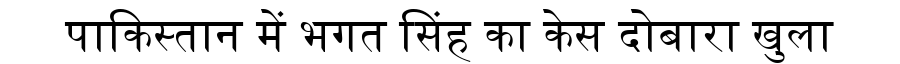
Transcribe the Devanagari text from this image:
पाकिस्तान में भगत सिंह का केस दोबारा खुला